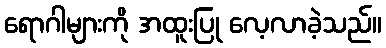
ရောဂါများကို အထူးပြု လေ့လာခဲ့သည်။